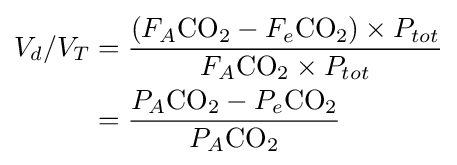
{\begin{aligned}V_{d}/V_{T}&={\frac {(F_{A}{\ce {CO2}}-F_{e}{\ce {CO2}})\times P_{tot}}{F_{A}{\ce {CO2}}\times P_{tot}}}\\&={\frac {P_{A}{\ce {CO2}}-P_{e}{\ce {CO2}}}{P_{A}{\ce {CO2}}}}\end{aligned}}